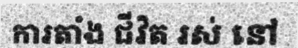
ការតាំង ជីវិត រស់ នៅ